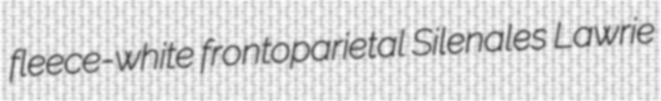
fleece-white frontoparietal Silenales Lawrie